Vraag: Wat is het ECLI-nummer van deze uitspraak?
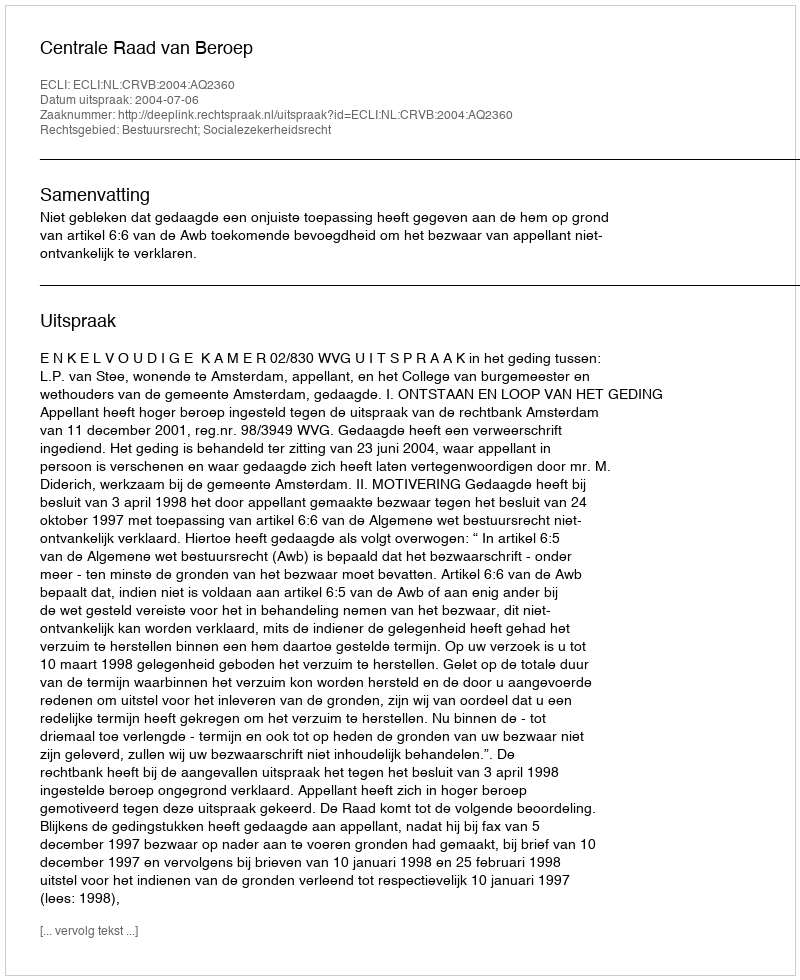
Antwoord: ECLI:NL:CRVB:2004:AQ2360